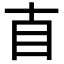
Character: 𥃭